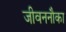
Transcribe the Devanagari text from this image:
जीवननौका